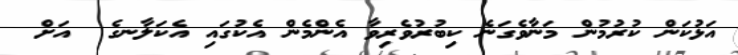
އަޅުކަން ކުރުމުން މަނާވެގަނެ ކިބުރުވެރިވާ އެންމެން އެކުގައި އެކަލާނގެ  އަށް